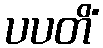
ပပတိံ